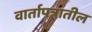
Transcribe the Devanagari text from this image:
वार्तापत्रातील